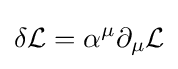
\delta {\mathcal {L}}=\alpha ^{\mu }\partial _{\mu }{\mathcal {L}}